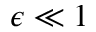
\epsilon \ll 1